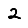
Digit: 2